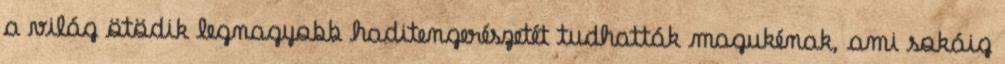
a világ ötödik legnagyobb haditengerészetét tudhatták magukénak, ami sokáig